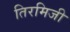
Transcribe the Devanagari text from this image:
तिरमिजी